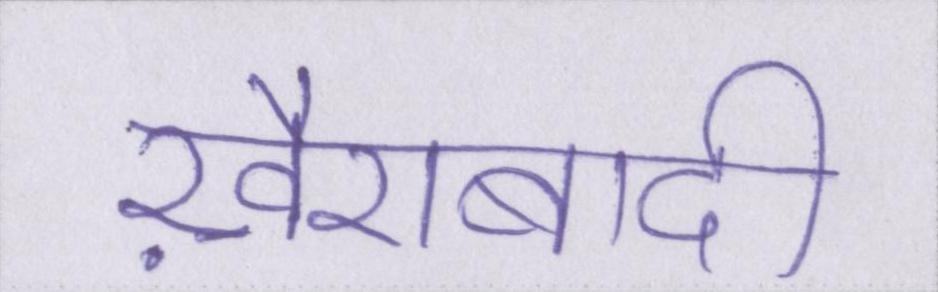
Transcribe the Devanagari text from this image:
ख़ैराबादी